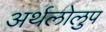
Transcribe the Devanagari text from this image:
अर्थलोलुप